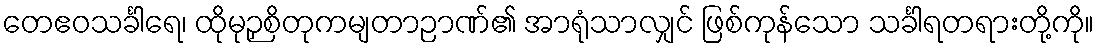
တေဧဝသင်္ခါရေ၊ ထိုမုဉှစိတုကမျတာဉာဏ်၏ အာရုံသာလျှင် ဖြစ်ကုန်သော သင်္ခါရတရားတို့ကို။